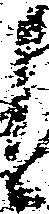
候